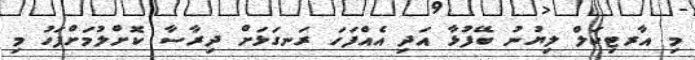
މި އާރޓިކަލް ލިޔުނު ބޭފުޅާ އަދި އެއްފަހަ ރަނގަޅަށް ދިރާސާ ކޮށްލުމަށްފަހު މި